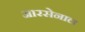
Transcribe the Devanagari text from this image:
आरसेनाल